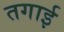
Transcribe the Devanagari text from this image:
तगाई